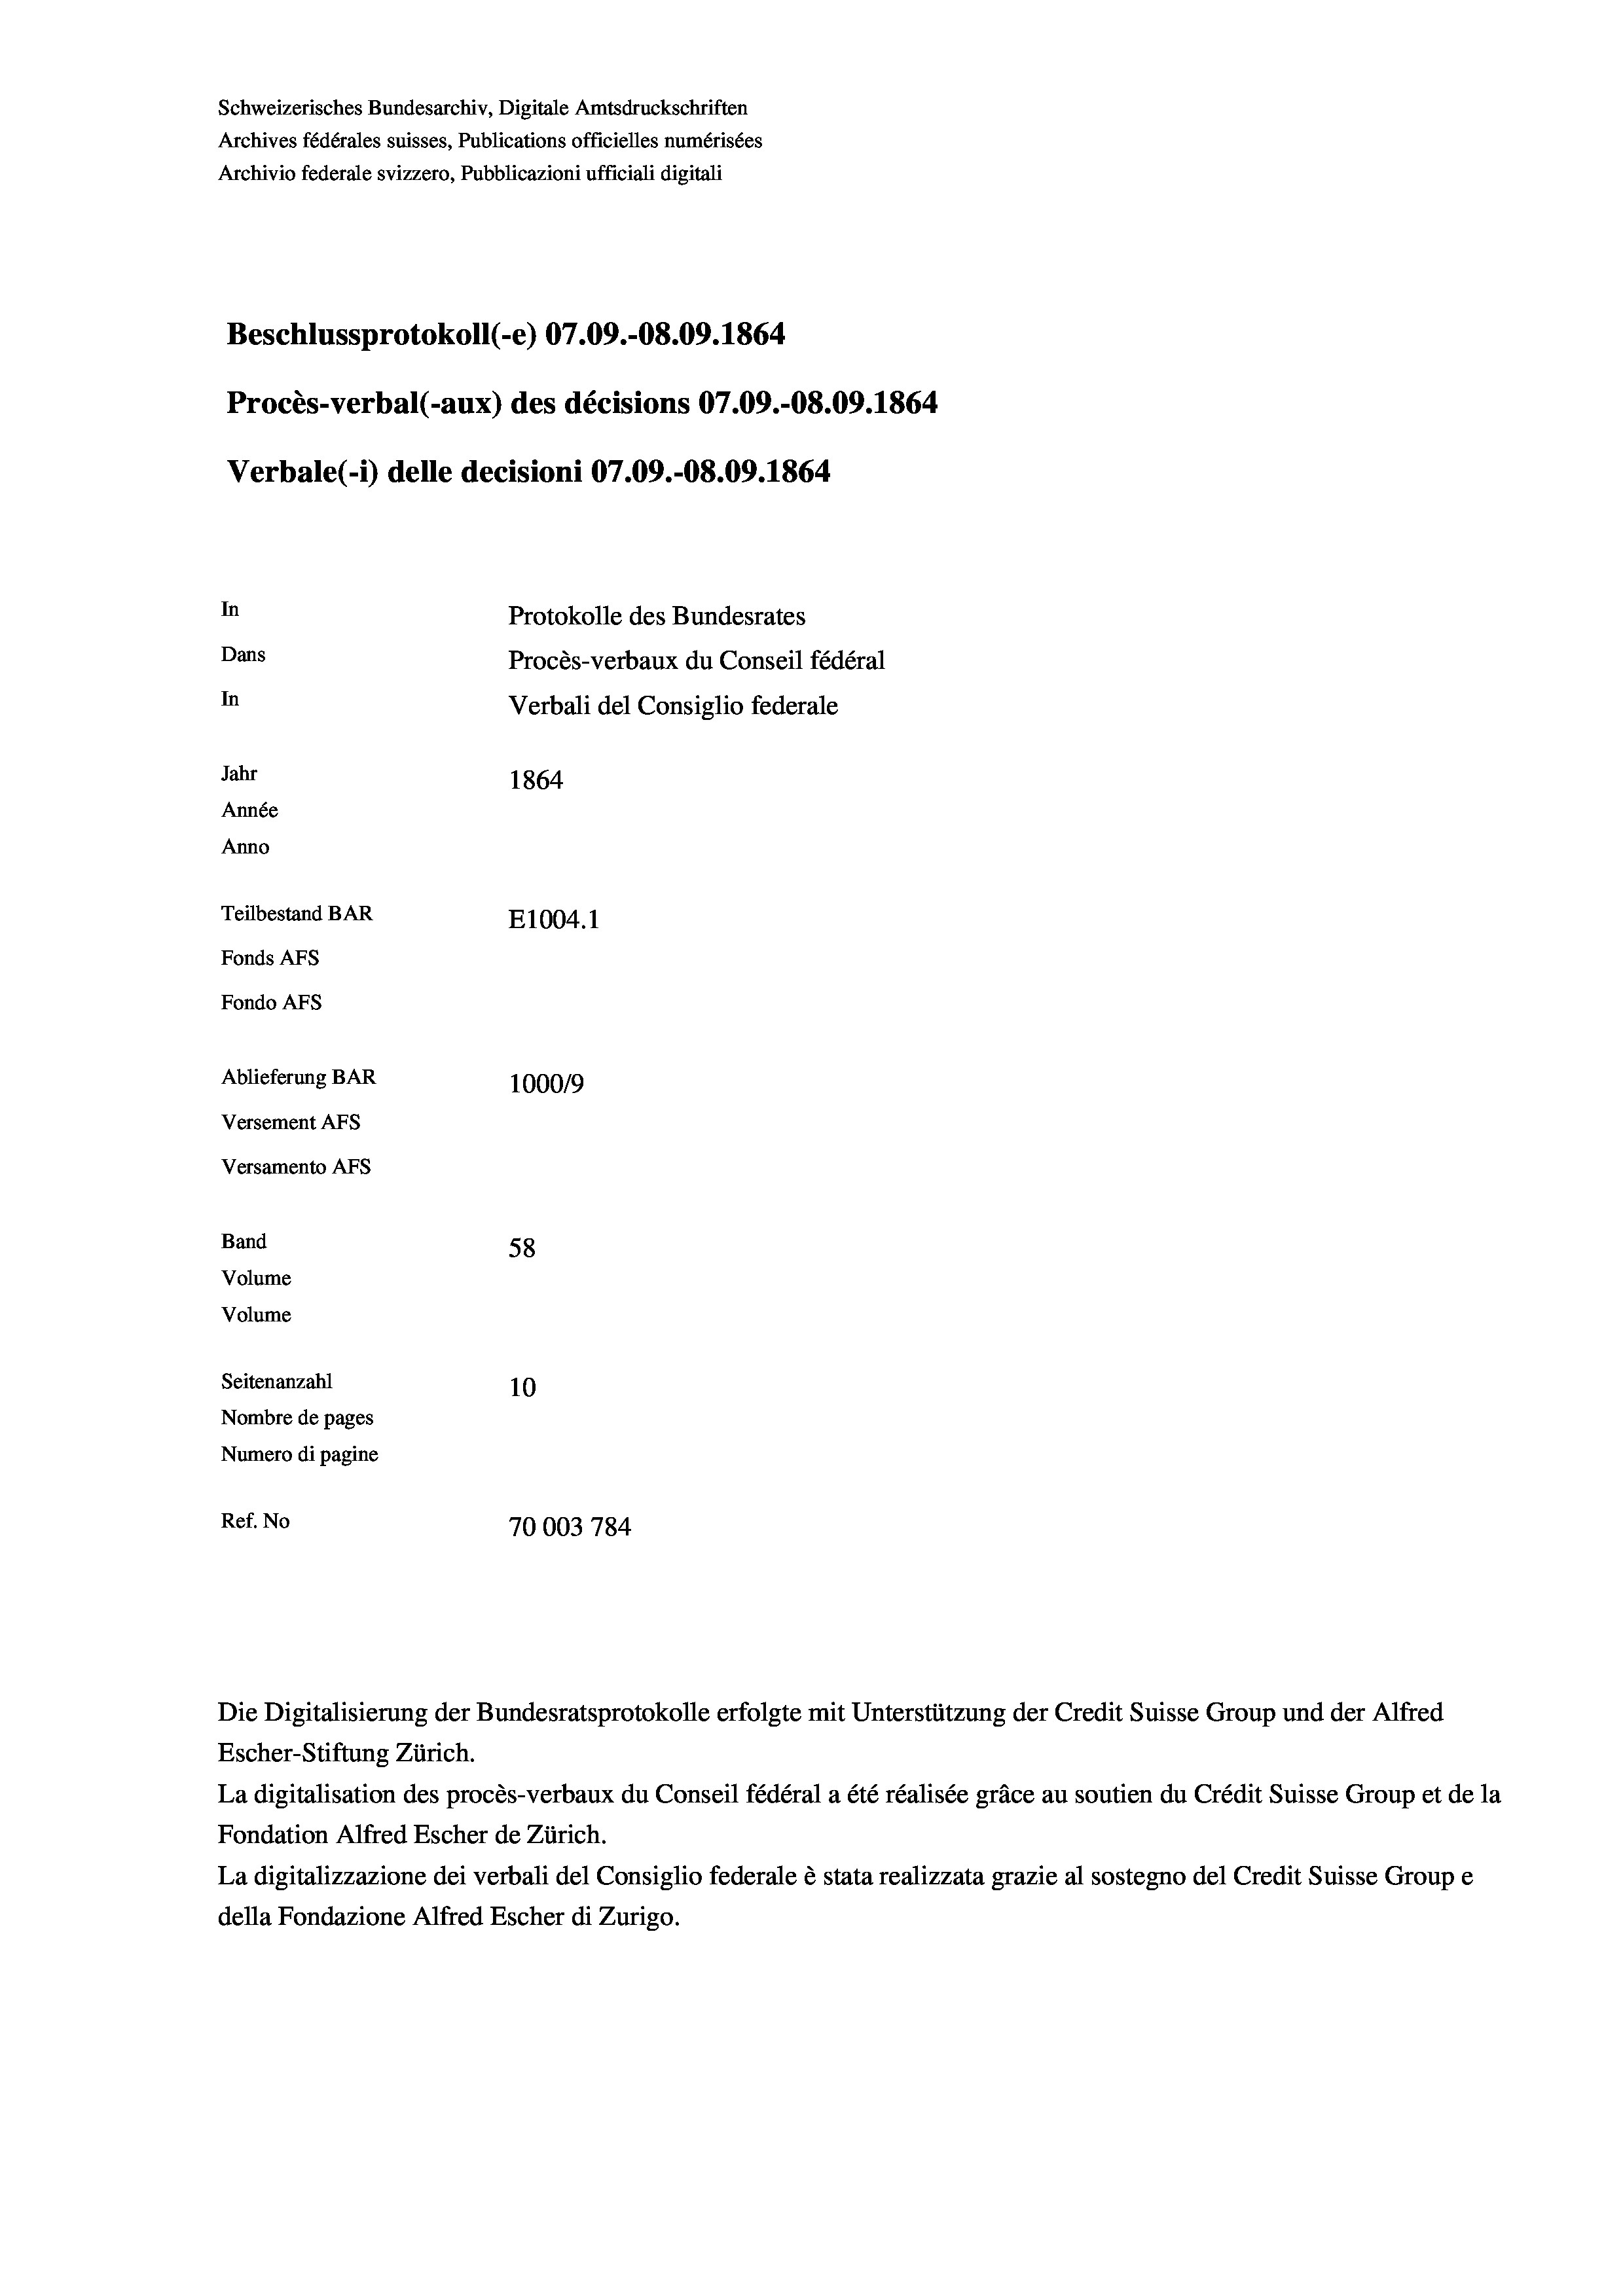
Schweizerisches Bundesarchiv, Digitale Amtsdruckschriften
Archives fédérales suisses, Publications officielles numérisées
Archivio federale svizzero, Pubblicazioni ufficiali digitali
Beschlussprotokoll (-e) 07.09.-08.09. 1864
Procès-verbal (-aux) des décisions 07.09.-O8.09. 1864
Verbale(-*) delle decisioni 07.09.-08.09. 1864
In
Protokolle des Bundesrates
Dans
Procès-verbaux du Conseil fédéral
In
Verbali del Consiglio federale
Jahr
1864
Année
Anno
Teilbestand BAR
E1004. 1
Fonds AFs
Fondo AFS
Ablieferung BAR
1000/9
Versement AFs
Versamento AFS

58
Seitenanzahl
10
Nombre de pages
Numero di pagine
Ref. No
70003 784

Band
Volume

Volume

Escher-Stiftung Zürich.
La digitalisation des procès-verbaux du Conseil fédéral a été réalisée gräce au soutien du Crédit Suisse Group et de la
Fondation Alfred Escher de Zürich.
La digitalizzazione dei verbali del Consiglio federale è stata realizzata grazie al sostegno del Credit Suisse Groupe
della Fondazione Alfred Escher di Zurigo.

Die Digitalisierung der Bundesratsprotokolle erfolgte mit Unterstützung der Credit Suisse Group und der Alfred